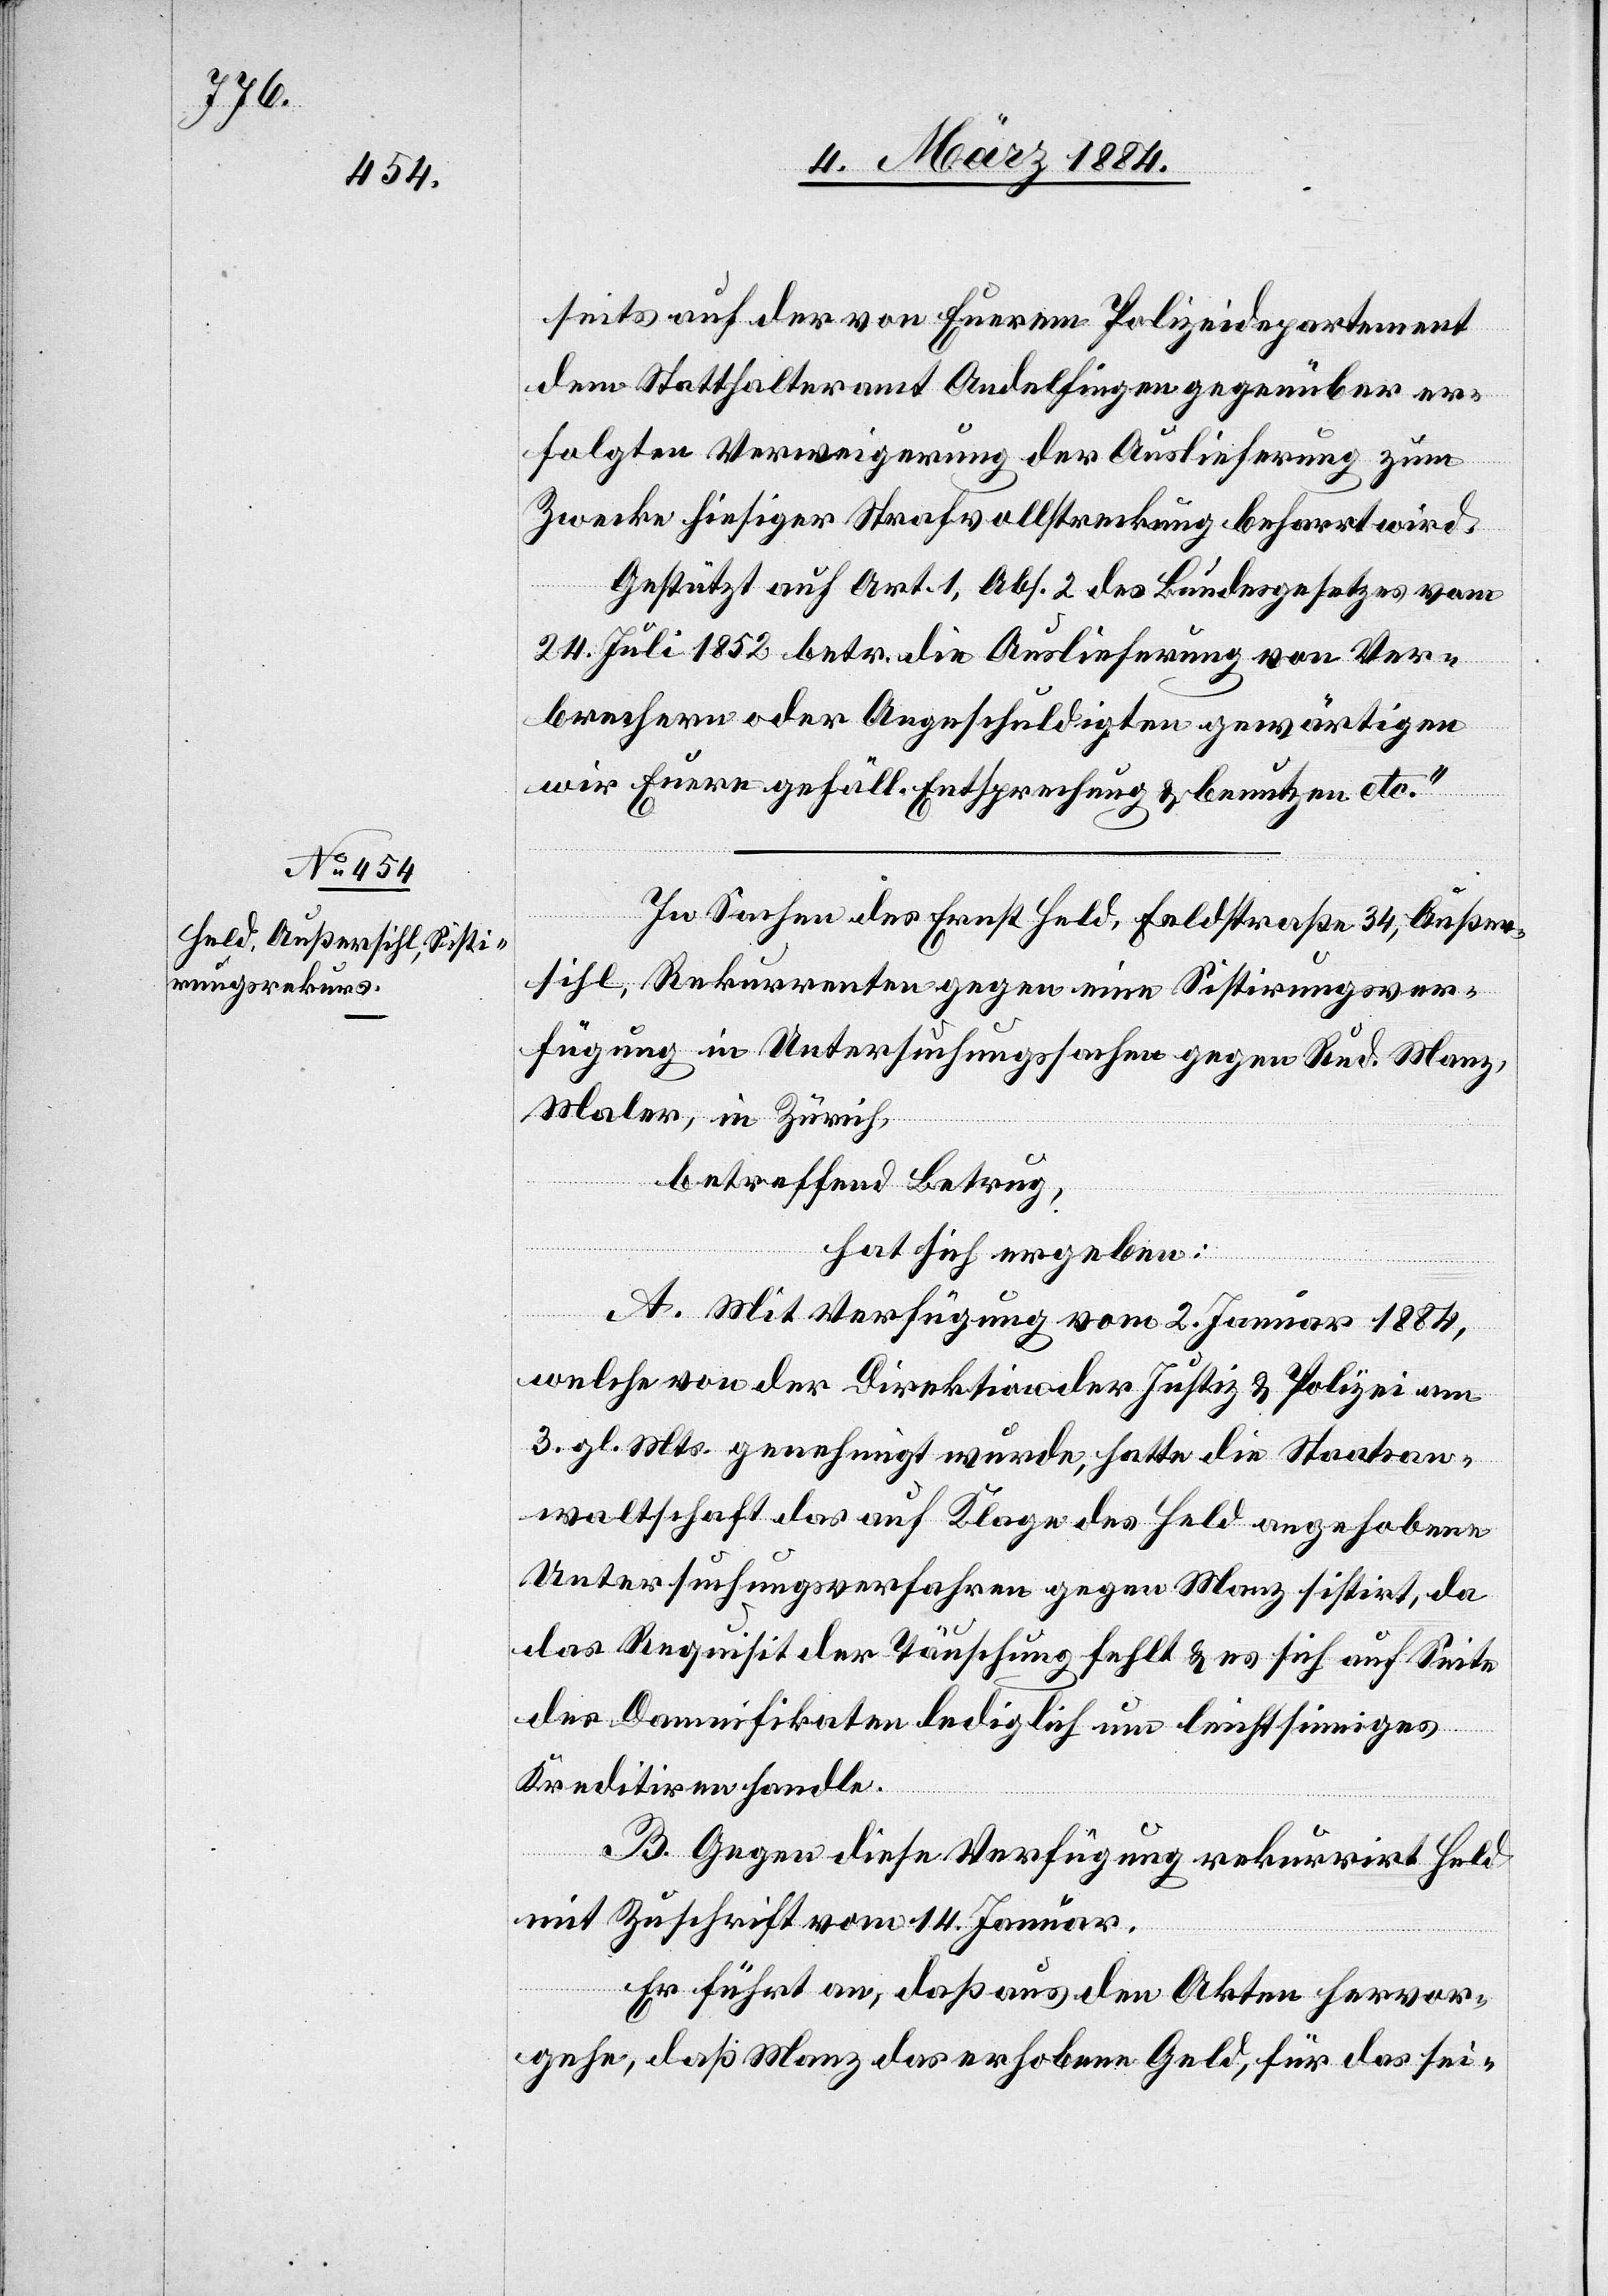
seits auf der von Eurem Polizeidepartement
dem Statthalteramt Andelfingen gegenüber er¬
folgten Verweigerung der Auslieferung zum
Zwecke hiesiger Strafvollstreckung beharrt wird.
Gestützt auf Art. 1, Abs. 2 des Bundesgesetzes vom
24. Juli 1852 betr. die Auslieferung von Ver¬
brechern oder Angeschuldigten gewärtigen
wir Euere gefäll. Entsprechung & benutzen etc.“
In Sachen des Ernst Held, Feldstraße 34, Außer¬
sihl, Rekurrenten gegen eine Sistierungsver¬
fügung in Untersuchungssachen gegen Rud. Manz,
Maler, in Zürich,
betreffend Betrug,
hat sich ergeben:
A. Mit Verfügung vom 2. Januar 1884,
welche von der Direktion der Justiz & Polizei am
3. gl. Mts. genehmigt wurde, hatte die Staatsan¬
waltschaft das auf Klage des Held angehobene
Untersuchungsverfahren gegen Manz sistirt, da
das Requisit der Täuschung fehlt & es sich auf Seite
des Dammnifikaten lediglich um leichtsinniges
Kreditiren handle.
B. Gegen diese Verfügung rekurrirt Held
mit Zuschrift vom 14. Januar.
Er führt an, daß aus den Akten hervor¬
gehe, daß Manz das erhobene Geld, für das sei-